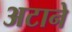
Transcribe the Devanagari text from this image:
अटाने